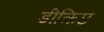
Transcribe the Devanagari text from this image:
डीक्रिप्ट